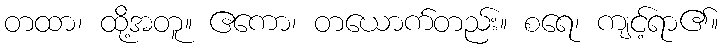
တထာ၊ ထို့အတူ။ ဧကော၊ တယောက်တည်း။ စရေ၊ ကျင့်ရာ၏။